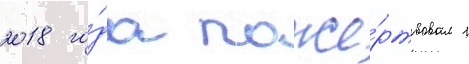
2018 го́да поже́ртвовал 1